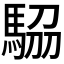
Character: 𩣒